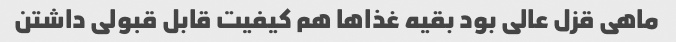
ماهی قزل عالی بود بقیه غذاها هم کیفیت قابل قبولی داشتن